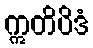
ဣတိပိဒံ